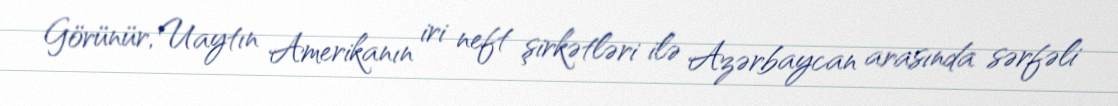
Görünür, Uaytın Amerikanın iri neft şirkətləri ilə Azərbaycan arasında sərfəli